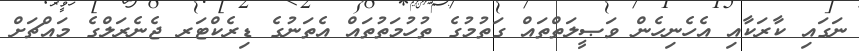
ނަގައި ކާރަކާއި އެހެނިހެން ވަޞީލަތްތައް ގަތުމުގެ ތުހުމަތުތައް އެތަނުގެ ޑިރެކްޓަރ ޖެނެރަލްގެ މައްޗަށް